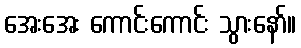
အေးအေး ကောင်းကောင်း သွားနော်။